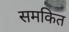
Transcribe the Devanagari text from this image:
समकित